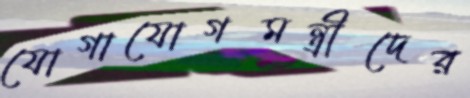
যোগাযোগমন্ত্রীদের